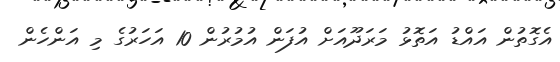
އެގޮތުން އައްޑު އަތޮޅު މަރަދޫއަށް އުފަން އުމުރުން 10 އަހަރުގެ މި އަންހެން